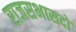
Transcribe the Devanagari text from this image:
राजसभासदों